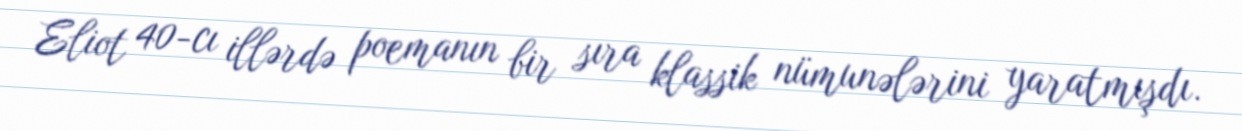
Eliot 40-cı illərdə poemanın bir sıra klassik nümunələrini yaratmışdı.